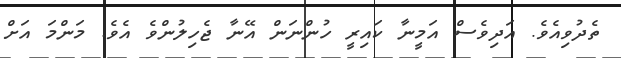
ތެދުވިއެވެ. އަދިވެސް އަމީނާ ކައިރީ ހުންނަން އޭނާ ޖެހިލުންވެ އެވެ. މަންމަ އަށް